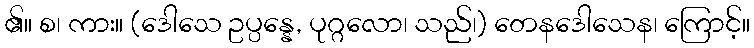
၏။ စ၊ ကား။ (ဒေါသေ ဥပ္ပန္နေ, ပုဂ္ဂလော၊ သည်၊) တေနဒေါသေန၊ ကြောင့်။